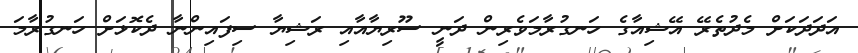
އަދަދަކަށް މެދުތެރޭ އޭޝިއާގެ ހަނގުރާމަވެރިން ދަނީ ސޫރިޔާއާއި ރަޝިޔާ ސިފައިންނާ ދެކޮޅަށް ހަނގުރާމަ